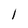
Character: l